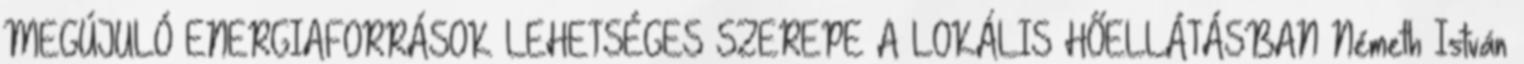
MEGÚJULÓ ENERGIAFORRÁSOK LEHETSÉGES SZEREPE A LOKÁLIS HŐELLÁTÁSBAN Németh István